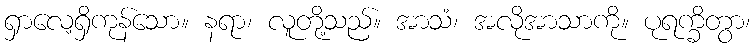
ရှာလေ့ရှိကုန်သော။ နရာ၊ လူတို့သည်။ အာသံ၊ အလိုအာသာကို။ ပုရက္ခိတွာ၊